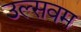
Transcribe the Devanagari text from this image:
उल्सवम